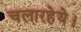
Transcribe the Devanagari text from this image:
चलारहेये।